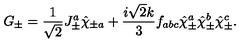
G _ { \pm } = \frac { 1 } { \sqrt 2 } J _ { \pm } ^ { a } \hat { \chi } _ { \pm a } + \frac { i \sqrt 2 k } { 3 } f _ { a b c } \hat { \chi } _ { \pm } ^ { a } \hat { \chi } _ { \pm } ^ { b } \hat { \chi } _ { \pm } ^ { c } .